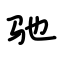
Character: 驰